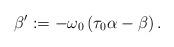
LaTeX: \begin{align*}\beta':=-\omega_0\left({\tau}_0\alpha-\beta\right).\end{align*}